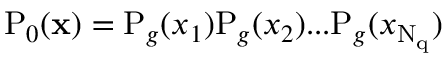
\mathrm P _ { 0 } ( \mathbf x ) = \mathrm P _ { g } ( x _ { 1 } ) \mathrm P _ { g } ( x _ { 2 } ) . . . \mathrm P _ { g } ( x _ { \mathrm { N _ { q } } } )